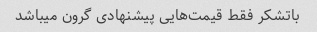
باتشکر فقط قیمت‌هایی پیشنهادی گرون میباشد